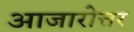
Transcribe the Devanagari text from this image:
आजारोत्तर